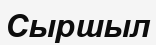
Сыршыл